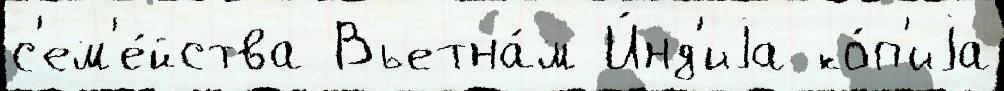
с'ем'е́йства Вьетна́м И́нд'иjа ко́п'иjа